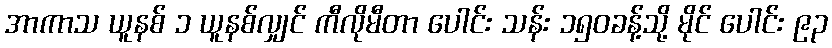
အာကာသ ယူနစ် ၁ ယူနစ်လျှင် ကီလိုမီတာ ပေါင်း သန်း ၁၅၀ခန့်သို့ မိုင် ပေါင်း ၉၃